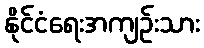
နိုင်ငံရေးအကျဉ်းသား